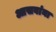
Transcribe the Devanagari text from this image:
आसवांना